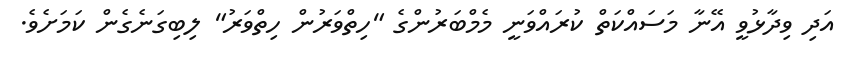
އަދި ވިދާޅުވީ އޭނާ މަސައްކަތް ކުރައްވަނީ މެމްބަރުންގެ "ހިތްވަރުން ހިތްވަރު" ލިބިގަނެގެން ކަމަށެވެ.